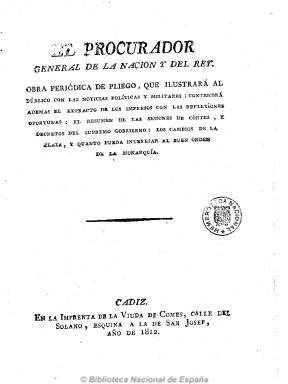
Título: El Procurador general de la nación y del rey
Otros títulos: Procurador general del rey y de la nación
Colección: Periódicos anteriores a 1850
Ámbito geográfico: Cádiz
Lugar de publicación: Cádiz
Fechas: 01/10/1812-01/01/1824

Con varios meses ya en vigor la primera Constitución española, el uno de octubre de 1812 nace este periódico en Cádiz, convirtiéndose en el más representativo de la prensa reaccionaria y anticonstitucional del periodo doceañista, para propagar lo que sus editores y redactores consideran el vínculo indisoluble entre nación, absolutismo monárquico y religión católica y combatir furibundamente el liberalismo, y que estará dirigido a los poderosos de la nobleza y del clero. Más doctrinal y político que informativo, será un diario, en números de ocho páginas, salido de la imprenta de la viuda de Comes –también lo fue de la de Vicente Lerma-, que comienza con las breves notas del santoral y el culto religioso, para a continuación ofrecer la parte política, con artículos comunicados, cartas, así como poemas, cuentos, anécdotas, apotegmas, fábulas, diálogos, etc., utilizando en muchas ocasiones el estilo satírico y burlesco y en otras el laudatorio y el moral. También incluirá crónicas parlamentarias, decretos, noticias de España y del extranjero y las locales de la Capitanía del Puerto, avisos, anuncios, etc.

Sus principales redactores serán los fogosos y combativos antirreformistas Justo Pastor Pérez, ferviente servil de Fernando VII, que utilizó los seudónimos Lucindo y El Imparcial; el diputado Andrés Esteban, el presbítero Francisco José Molle y el también diputado y canónigo Guillermo Hualde. Colaborarán el monárquico-católico marqués de Villapanés y la poetisa María Manuela López Ulloa, que en pésimos versos atacaba las ideas reformistas y llegaba a escribir que le producía horror las “voces seductoras de igualdad, libertad, nación, independencia, ciudadanos, derechos naturales e imprescriptos”. El periódico utilizó grandes energías en su continua compaña contra los regeneracionistas y llegó a acusar de ateos, herejes, jansenistas, afrancesados y hasta “filósofos” a los miembros de la comisión constitucional que dictaminaron la abolición de  la Inquisición, y llegó a ser acusado de alarmante, indecente, subversivo y sedicioso por sus ataques extremistas a las nuevas instituciones constitucionales. También de haber sido financiado secretamente con 4.000 reales mensuales por el propio Consejo de Regencia. Sus redactores fueron encausados en decenas de pleitos y alguno sufrió prisión o huyó para evadirse de los delitos de imprenta de los que fueron acusados.

Con el traslado a Madrid y la reapertura de las Cortes, el 16 de enero de 1814 sus redactores iniciarán la segunda época del diario editándolo desde la capital del reino, en la imprenta de Francisco Martínez Dávila, estampando bajo la cabecera el lema “Viva Fernando”. Molle renunciará a ser su editor en marzo de 1814, sustituyéndole Domingo Antonio Velasco, hasta que en junio de este año, tras el golpe de estado fernandino el diario inicia su tercera época, cambiando su título por: El procurador general del rey y la nación, convirtiéndose Dávila en impresor de Cámara de S.M. Tras el decreto del cuatro de mayo de disolución de las Cortes, se convirtió en el símbolo de la delación de los liberales, incitando a su atroz persecución y violencia. Todavía tuvo una cuarta época, en la que estampó el escudo real bajo su cabecera, desde el uno de enero hasta el 27 abril de 1815.

Como defensor del absolutismo y la fe y la iglesia católicas reaparecerá durante el Trienio Liberal, entre 1822 y 1823, reduciendo su título a: El procurador general del rey (véase este título). En esta colección también se incluye el número 1, fechado el uno de enero de 1824, y salido en Sevilla de la imprenta a cargo de García, bajo el título El procurador general del rey y la nación, a donde, al parecer, habían tenido que huir de nuevo sus redactores.

Publicó numerosos suplementos y apéndices, algunos de ellos forman parte de esta colección de la Biblioteca Nacional de España, como uno redactado por Francisco José Molle.